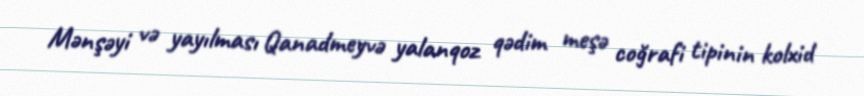
Mənşəyi və yayılması Qanadmeyvə yalanqoz qədim meşə coğrafi tipinin kolxid